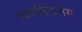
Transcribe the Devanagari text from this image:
मायर्मिडोनेस